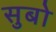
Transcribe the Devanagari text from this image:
सुबो